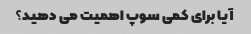
آیا برای کمی سوپ اهمیت می دهید؟